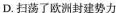
D.扫荡了欧洲封建势力